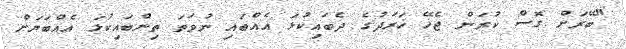
"ބޭރަށް ގޮސް ކުރަން ޖެހޭ ޚަރަދުގެ ދެބައިކުޅަ އެއްބައި ނުވަތަ ތިންބައިކުޅަ އެއްބަޔަށް